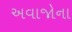
અવાજોના